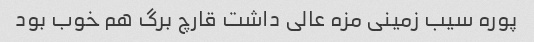
پوره سیب زمینی مزه عالی داشت قارچ برگ هم خوب بود